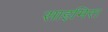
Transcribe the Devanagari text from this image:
साइमिरा